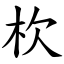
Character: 杴